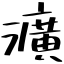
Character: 瀇